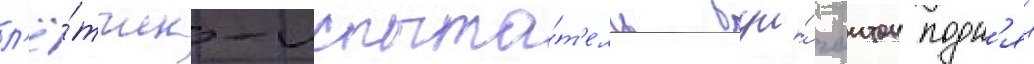
л'ё́тчик-испыта́т'ель буи́ гаитон подн'ял